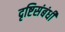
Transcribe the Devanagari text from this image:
दृष्टिसंबंधी